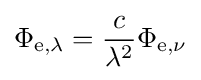
\Phi _{\mathrm {e} ,\lambda }={c \over \lambda ^{2}}\Phi _{\mathrm {e} ,\nu }